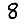
Digit: 8